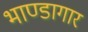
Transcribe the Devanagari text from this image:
भाण्डागार